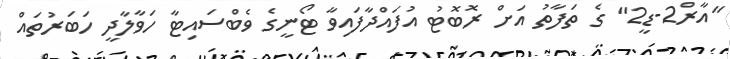
"އާރް2-ޑީ2" ގެ ތަފާތު އަށް ރޮބޮޓު އުފައްދާފައިވާ ޓޯނީގެ ވެބްސައިޓާ ހަވާލާދީ ހަބަރުތައް